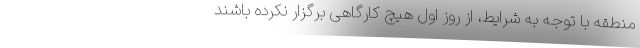
منطقه با توجه به شرایط، از روز اول هیچ کارگاهی برگزار نکرده باشند